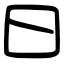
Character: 曰